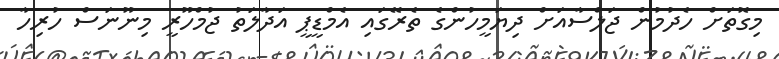
މިގޮތަށް ހެދުމުން ޖަލްސާއަށް ދިޔަމީހުންގެ ތެރޭގައި އެމްޑީޕީ އަދާލަތު ޖުމްހޫރީ މިނޫނަސް ހުރިހާ